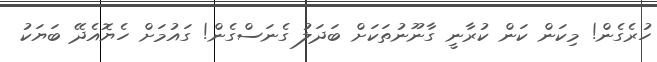
ހުރެގެން! މިކަން ކަން ކުރާނީ ގާނޫނުތަކަށް ބަދަލު ގެނަސްގެން! ގައުމަށް ހެޔޮއެދޭ ބަޔަކު